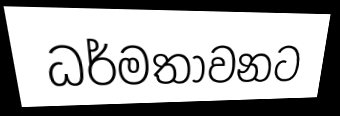
ධර්මතාවනට